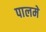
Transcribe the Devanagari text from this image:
पालमे